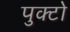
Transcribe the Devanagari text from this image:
पुक्टो